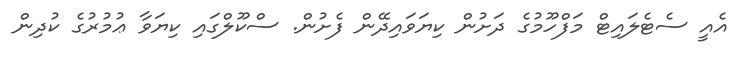
އެއީ ސެޓެލައިޓް މަފްހޫމުގެ ދަށުން ކިޔަވައިދޭން ފެށުން. ސްކޫލްގައި ކިޔަވާ ޢުމުރުގެ ކުދިން